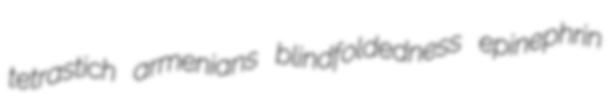
tetrastich armenians blindfoldedness epinephrin